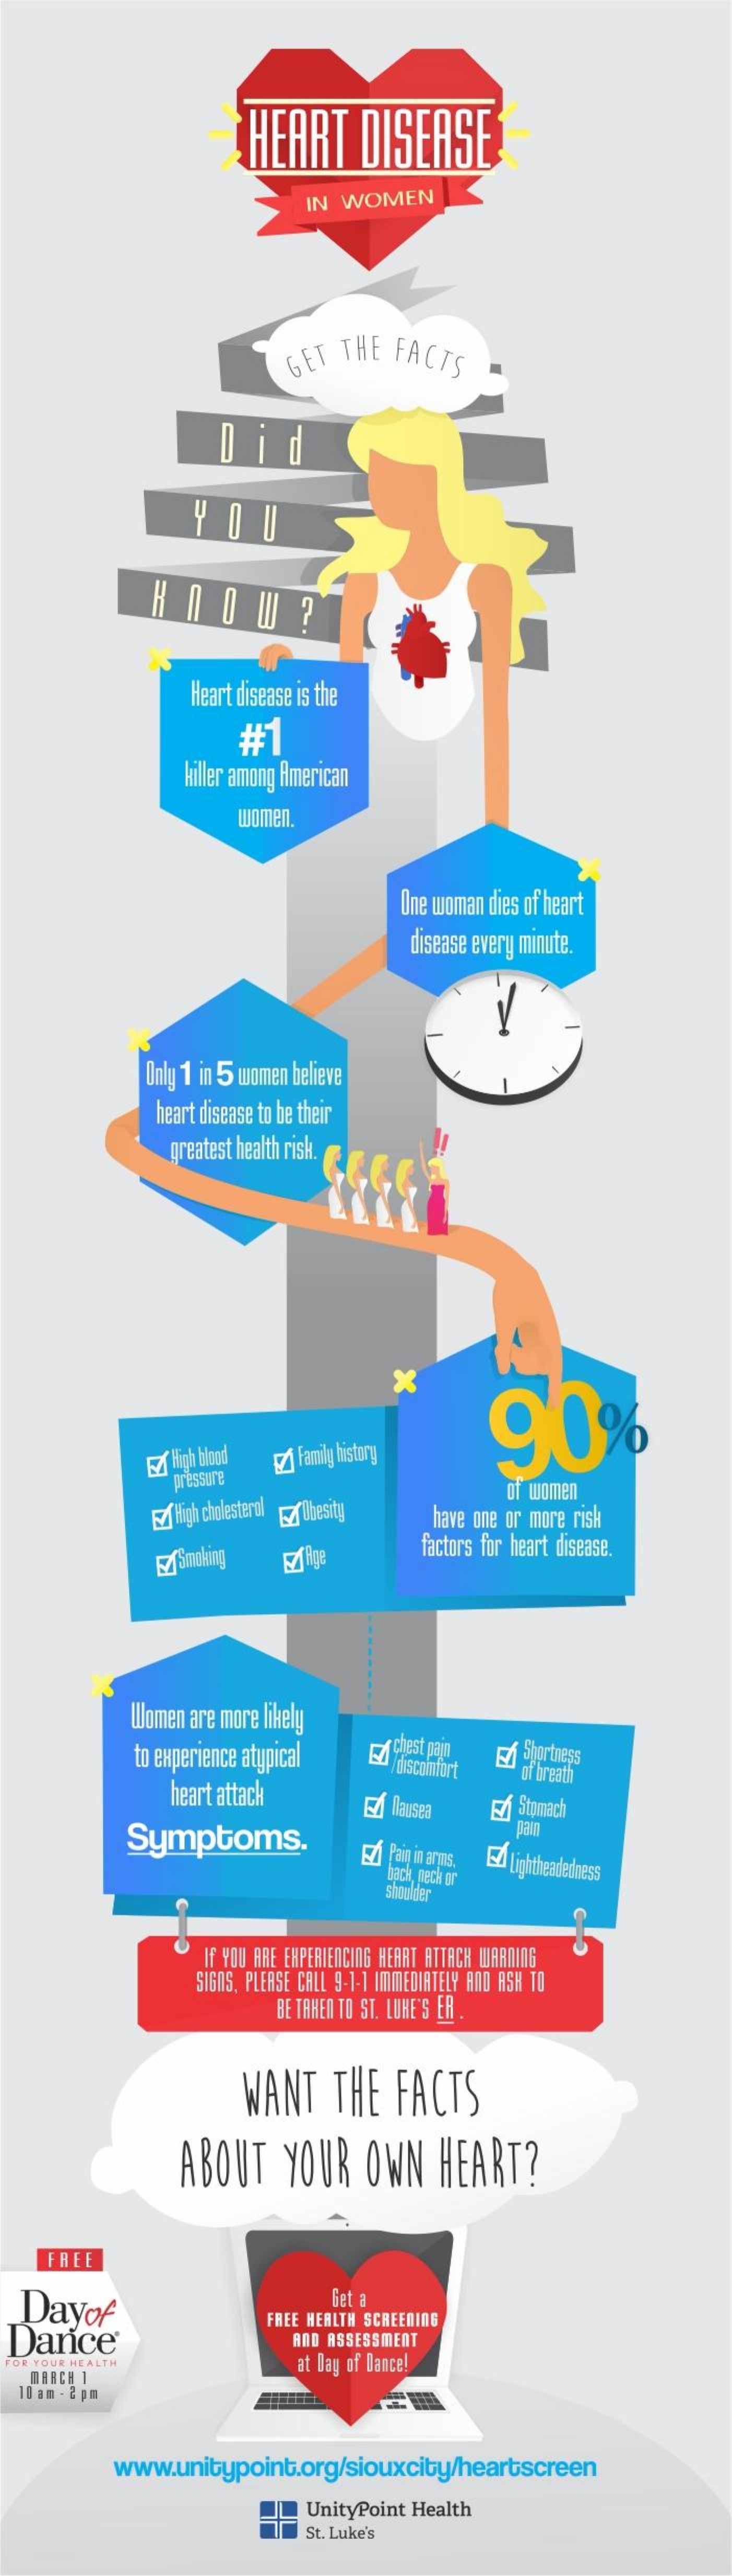
HEART    DISEASE
     IN WOMEN
     GET THE FACTS
     Did
     YOU
     KNOW    ?
     Heart disease is the
     #1
     killer among American
     women.
     One woman dies of heart
     disease every minute.
     Only 1 in 5 women believe
     heart disease to be their
     greatest health risk.
     ×
     90
     High blood Family history
     pressure
     Ef High cholesterol ar Obesity
     of women
     have one or more risk
     EfSmoking Ez Age    factors for heart disease.
     ....
     ...
     .
     Women are more likely
     to experience atypical chest pain
     discomfort
     Eh Shortness
     heart attack
     of breath
     Ed Nausea    Stomach
     Symptoms.    EZ Pain in arms. Lightheadedness
     Lack, nech or
     Showde
     If YOU ARE EXPERIENCING HEART ATTACH WARNING
     SIGNS, PLEASE CALL 9-1-1 IMMEDIATELY AND ASH TO
     BE TAHER TO ST. LUHE'S EA .
     WANT   THE  FACTS
     ABOUT   YOUR   OWN   HEART?
    FREE
  Dayof
     Get a
  Dance
     FREE HEALTH SCREENING
     AND ASSESSMENT
  FOR YOUR HEALTH
   MARCH 1
     at Day of Dance!
  10 am - 2pm
     www.unitypoint.org/siouxcity/heartscreen
     UnityPoint Health
     St. Luke's